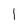
Character: 1